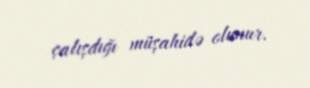
çalışdığı müşahidə olunur.